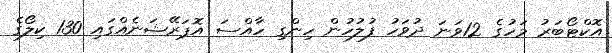
އޮކްޓޯބަރު މަހުގެ 12ވަނަ ދުވަހު ފުލުހުން ހިންގި ހާއްސަ އޮޕަރޭޝަނެއްގައި 130 ކިލޯގެ